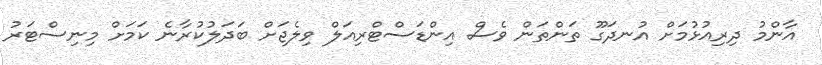
އާންމު ދިރިއުޅުމަށް އުނދަގޫ ތަންތަން ވެސް އިންޑަސްޓްރިއަލް ވިލެޖަށް ބަދަލުކުރާނެ ކަމަށް މިނިސްޓަރު